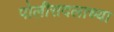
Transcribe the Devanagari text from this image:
पोलीसदलाच्या